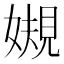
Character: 𫱟